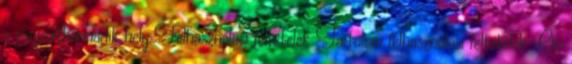
a csoportharmadik hely Felhasználási feltételek Tartalom felhasználási feltételek Ön